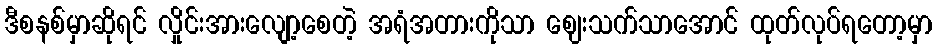
ဒီစနစ်မှာဆိုရင် လှိုင်းအားလျော့စေတဲ့ အရံအတားကိုသာ ဈေးသက်သာအောင် ထုတ်လုပ်ရတော့မှာ